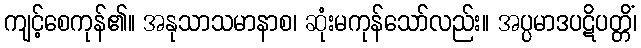
ကျင့်စေကုန်၏။ အနုသာသမာနာစ၊ ဆုံးမကုန်သော်လည်း။ အပ္ပမာဒပဋိပတ္တိံ၊